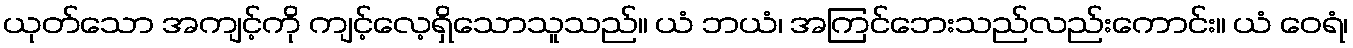
ယုတ်သော အကျင့်ကို ကျင့်လေ့ရှိသောသူသည်။ ယံ ဘယံ၊ အကြင်ဘေးသည်လည်းကောင်း။ ယံ ဝေရံ၊